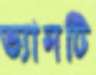
ভ্যানটি